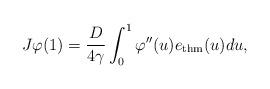
LaTeX: \begin{align*} J\varphi(1) = \frac{D}{4\gamma} \int_0^1 \varphi''(u) e_{\rm thm}(u) du, \end{align*}